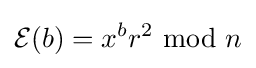
{\mathcal {E}}(b)=x^{b}r^{2}\;{\bmod {\;}}n